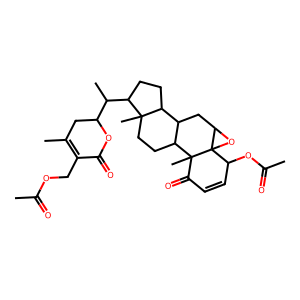
SMILES: CC(=O)OCC1=C(C)CC(C(C)C2CCC3C4CC5OC56C(OC(C)=O)C=CC(=O)C6(C)C4CCC23C)OC1=O
Inhibits HIV replication: No